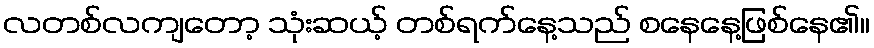
လတစ်လကျတော့ သုံးဆယ့် တစ်ရက်နေ့သည် စနေနေ့ဖြစ်နေ၏။